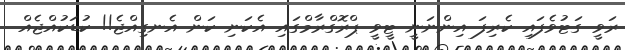
ރަވީ ގަޓުވެފައި ކެރިފަ އިންނަނީ ޓީވީ ޕްރޮގްރާމްގައި އެކަނި ކަން އެނގިއްޖެ!! ކުޑަކުއްޖެއް